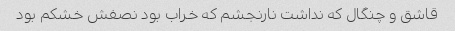
قاشق و چنگال که نداشت نارنجشم که خراب بود نصفش خشکم بود